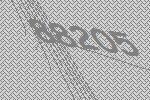
88205